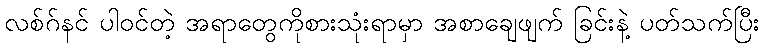
လစ်ဂ်နင် ပါဝင်တဲ့ အရာတွေကိုစားသုံးရာမှာ အစာချေဖျက် ခြင်းနဲ့ ပတ်သက်ပြီး